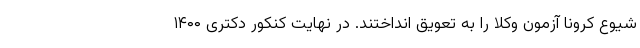
شیوع کرونا آزمون وکلا را به تعویق انداختند. در نهایت کنکور دکتری ۱۴۰۰